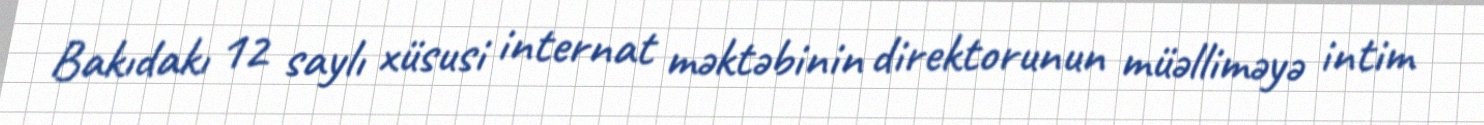
Bakıdakı 12 saylı xüsusi internat məktəbinin direktorunun müəlliməyə intim